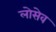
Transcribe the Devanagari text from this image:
लोसेव